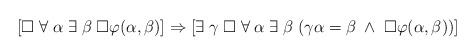
\begin{align*}[\Box \; \forall \; \alpha \; \exists \; \beta \; \Box \varphi(\alpha, \beta)] \Rightarrow [\exists \; \gamma \; \Box \; \forall \; \alpha \; \exists \; \beta \; (\gamma\alpha =\beta \; \wedge \; \Box \varphi(\alpha, \beta))]\end{align*}